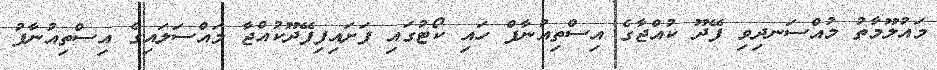
މައުލޫމާތު މުއްސަނދިވި ފޭދޫ ކުއްޖާގެ އިސްތިއުނާފް ހައި ކޯޓުގައި ފަށައިފިފޭދޫކުއްޖާ މައްސަލައިގެ އިސްތިއުނާފު